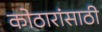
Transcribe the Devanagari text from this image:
कोठारांसाठी